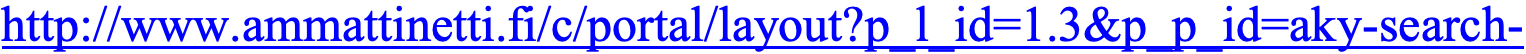
http://www.ammattinetti.fi/c/portal/layout?p_l_id=1.3&p_p_id=aky-search-